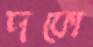
দফো